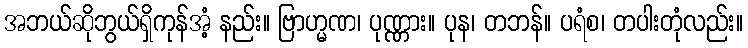
အဘယ်ဆိုဘွယ်ရှိကုန်အံ့ နည်း။ ဗြာဟ္မဏ၊ ပုဏ္ဏား။ ပုန၊ တဘန်။ ပရံစ၊ တပါးတုံလည်း။